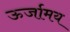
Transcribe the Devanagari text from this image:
ऊर्जामय